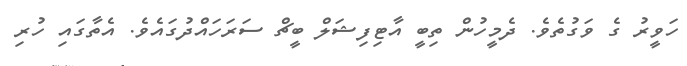
ހަވީރު ގެ ވަގުތެވެ. ދެމީހުން ތިބީ އާޓިފިޝަލް ބީޗް ސަރަހައްދުގައެވެ. އެތާގައި ހުރި